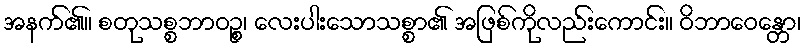
အနက်၏။ စတုသစ္စဘာဝဉ္စ၊ လေးပါးသောသစ္စာ၏ အဖြစ်ကိုလည်းကောင်း။ ဝိဘာဝေန္တော၊